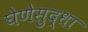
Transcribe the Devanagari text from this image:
घेणेसुद्धा